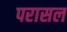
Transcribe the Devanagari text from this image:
परासल